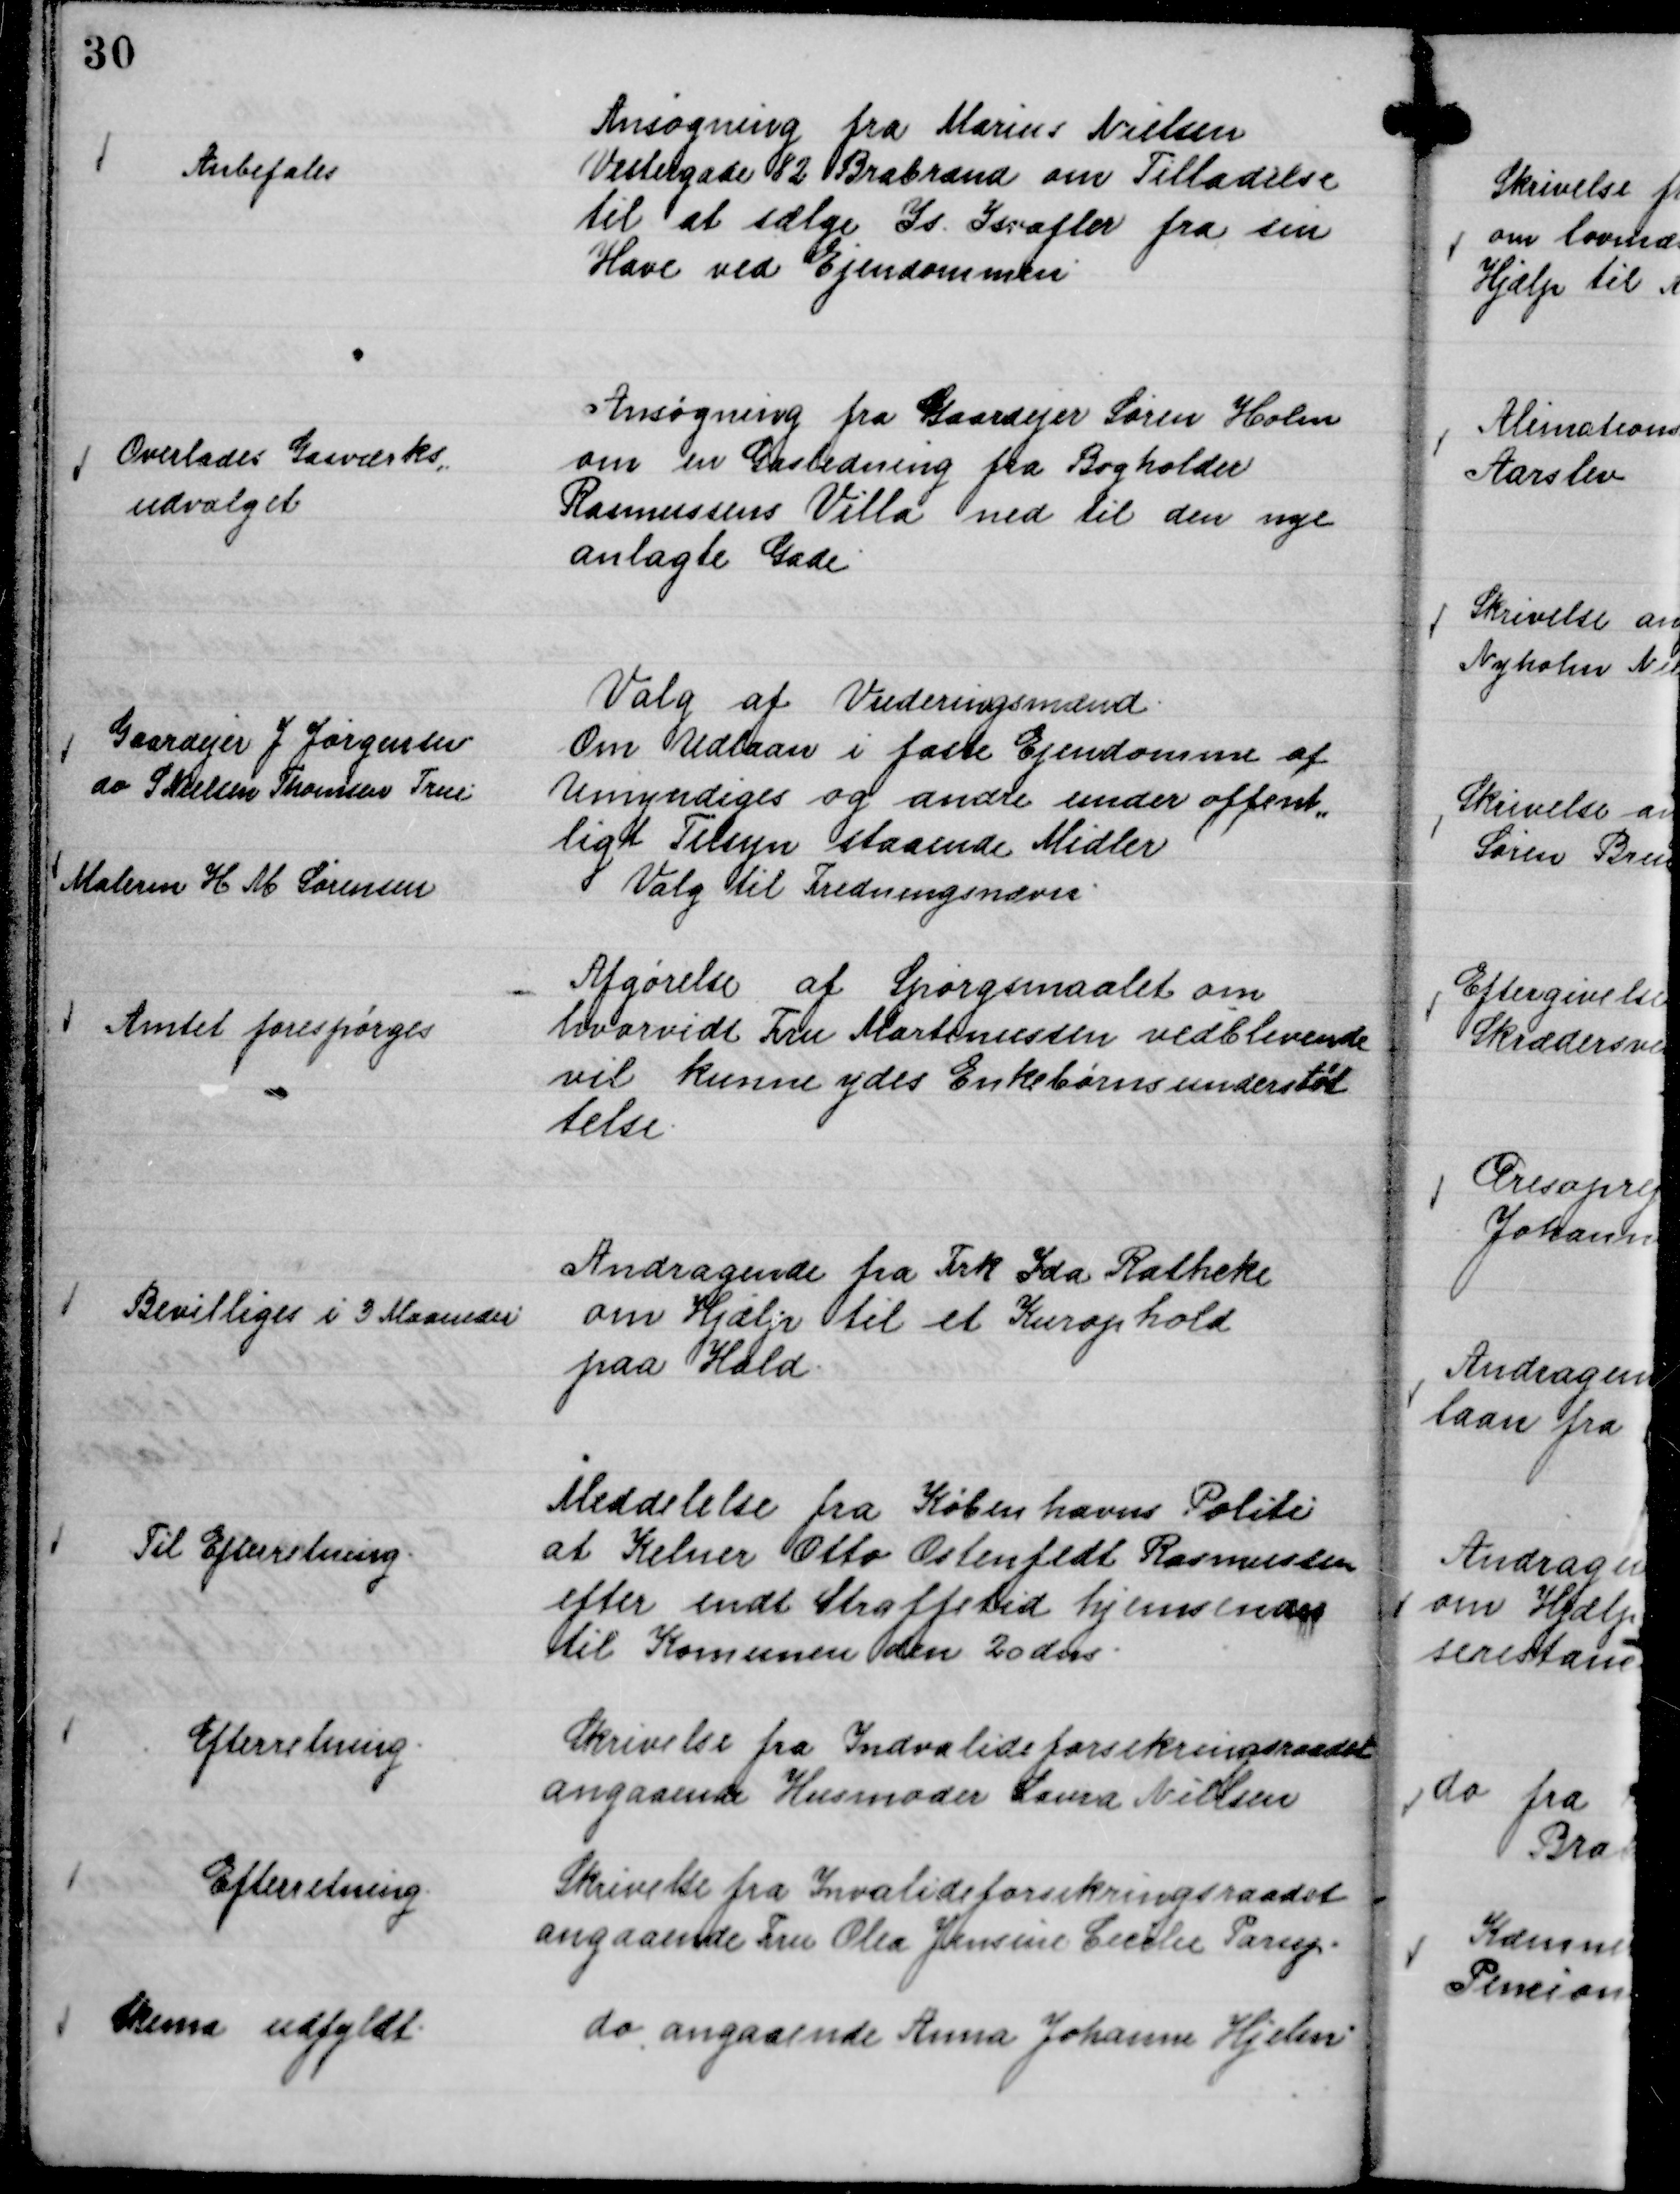
Transskription:
Ansøgning fra Marius Nielsen
Vestergade 82 Brabrand om Tilladelse
til at sælge Is. Isvafler fra sin
Have ved Ejendommen

Anbefales

Ansøgning fra Gaardejer Søren Holm
om en Gasledning fra Bogholder
Rasmussens Villa ned til den nye
anlagte Gade

Overlades Gasværks,,
udvalget

Valg af Vurderingsmænd
Om Udlaan i faste Ejendomme af
Umyndiges og andre under offent,,
ligt Tilsyn staaende Midler

Gaardejer J Jørgensen
do S. Nielsen Thomsen True.

Valg til Fredningsnævn.

Malerm H M Sørensen

Afgørelse af Spørgsmaalet om
hvorvidt Fru Martinussen vedblivende
vil kunne ydes Enkebørnsunderstøt
telse.

Amtet forespørges

Andragende fra Frk Ida Ratheke
om Hjælp til et Kurophold
paa Hald.

Bevilliges i 3 Maaneder

Meddelelse fra Københavns Politi
at Kelner Otto Østenfedt Rasmussen
efter endt Straffetid hjemsendes
til Komunen den 20 dns

Til Efterretning.

Skrivelse fra Indvalideforsikringsraadet
angaaende Husmoder Laura Nielsen

Efterretning.

Skrivelse fra Invalideforsikringsraadet
angaaende Fru Olea Jensine Cecilie Parup.

Efterretning

do angaaende Anna Johanne Hjelm.

Skema udfyldt.